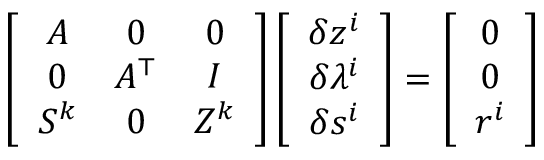
\left[ \begin{array} { c c c } { { A } } & { { 0 } } & { { 0 } } \\ { { 0 } } & { { A } ^ { \top } } & { { I } } \\ { { S ^ { k } } } & { { 0 } } & { { Z ^ { k } } } \end{array} \right] \left[ \begin{array} { c } { \delta { z } ^ { i } } \\ { \delta \lambda ^ { i } } \\ { \delta { s } ^ { i } } \end{array} \right] = \left[ \begin{array} { c } { 0 } \\ { 0 } \\ { r ^ { i } } \end{array} \right]